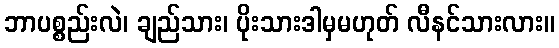
ဘာပစ္စည်းလဲ၊ ချည်သား၊ ပိုးသားဒါမှမဟုတ် လီနင်သားလား။